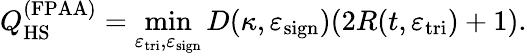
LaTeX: Q_{\mathrm{HS}}^{(\mathrm{FPAA})}=\operatorname*{min}_{\varepsilon_{\mathrm{tri}},\varepsilon_{\mathrm{sign}}}D(\kappa,\varepsilon_{\mathrm{sign}})(2R(t,\varepsilon_{\mathrm{tri}})+1).